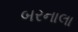
બરનાલા